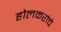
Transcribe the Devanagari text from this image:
होलकरांचे